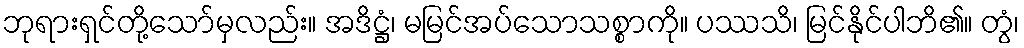
ဘုရားရှင်တို့သော်မှလည်း။ အဒိဋ္ဌံ၊ မမြင်အပ်သောသစ္စာကို။ ပဿသိ၊ မြင်နိုင်ပါဘိ၏။ တွံ၊